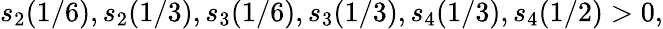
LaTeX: s_{2}(1/6),s_{2}(1/3),s_{3}(1/6),s_{3}(1/3),s_{4}(1/3),s_{4}(1/2)>0,